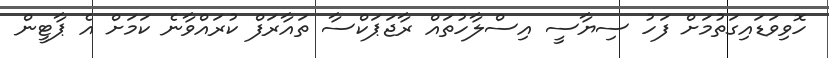
ހޮވިވަޑައިގަތުމަށް ފަހު ސިޔާސީ އިސްލާހުތައް ރާޖަޕަކްސާ ތައާރަފް ކުރައްވާނެ ކަމަށް އެ ޕާޓީން